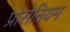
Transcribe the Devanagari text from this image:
प्रोसेनियम